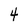
Character: 4